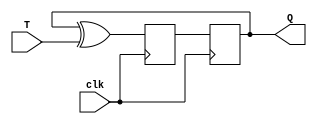
module T_FF (
    input wire T,     // T input signal
    input wire clk,   // clock signal
    output reg Q      // flip-flop output
);

reg D;

always @ (posedge clk) begin
    D <= Q ^ T; // XOR of current output and T input
    Q <= D;     // D flip-flop with XOR input
end

endmodule